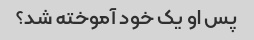
پس او یک خود آموخته شد؟